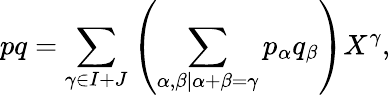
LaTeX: pq=\sum_{\gamma\in I+J}\left(\sum_{\alpha,\beta\mid\alpha+\beta=\gamma}p_{\alpha}q_{\beta}\right)X^{\gamma},